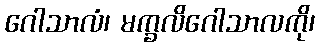
ဂေါသာလံ၊ မက္ခလိဂေါသာလကို၊